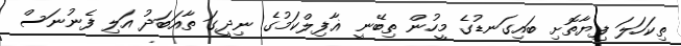
ތިކަހަލަ ފިޔާތޮށި ބައިގަނޑުގެ މީހުން ތިބޭނީ ޣާފިލްކަމުގެ ނިދީގަ ތާއަބަދު އަލި ފެނުނަސް